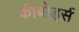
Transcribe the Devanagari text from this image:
कीबोर्ड्स